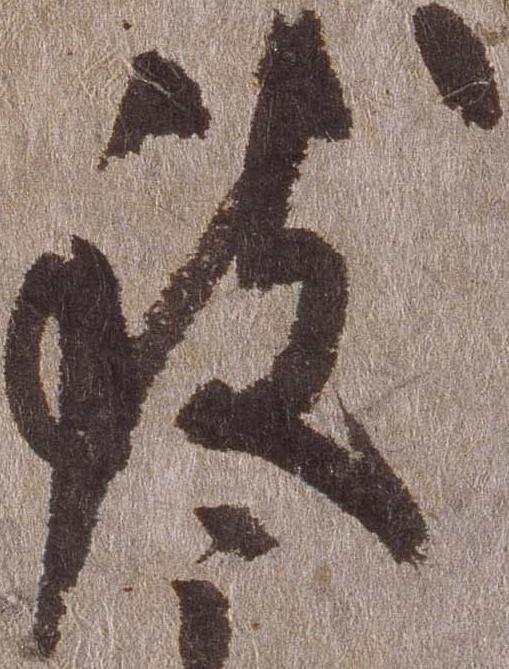
致